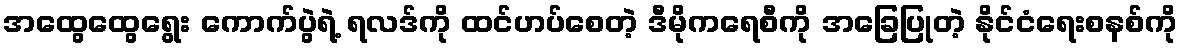
အထွေထွေရွေး ကောက်ပွဲရဲ့ ရလဒ်ကို ထင်ဟပ်စေတဲ့ ဒီမိုကရေစီကို အခြေပြုတဲ့ နိုင်ငံရေးစနစ်ကို